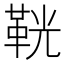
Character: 𩊠